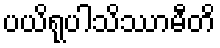
ပယိရုပါသိဿာမီတိ